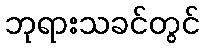
ဘုရားသခင်တွင်